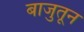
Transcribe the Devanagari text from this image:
बाजुतून